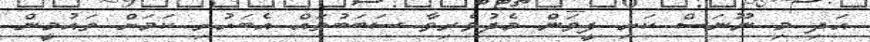
އަދި މި ނޫނަސް ކަށި ފީވަން މެދުވެރިވާ ސަބަބުތައް އެބަހުރި ކަމަށް ތައުމީން